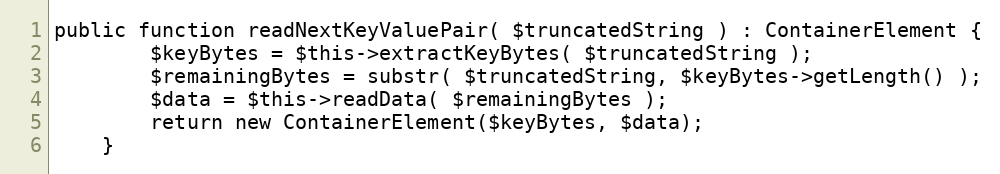
Language: PHP
public function readNextKeyValuePair( $truncatedString ) : ContainerElement {
        $keyBytes = $this->extractKeyBytes( $truncatedString );
        $remainingBytes = substr( $truncatedString, $keyBytes->getLength() );
        $data = $this->readData( $remainingBytes );
        return new ContainerElement($keyBytes, $data);
    }